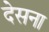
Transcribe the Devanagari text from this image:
देसना